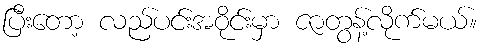
ပြီးတော့ လည်ပင်းအဝိုင်းမှာ ဇာတွန့်လိုက်မယ်။